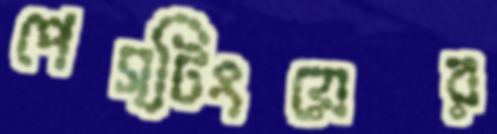
পেস্টিংয়ের